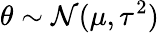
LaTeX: \theta\sim\mathcal{N}(\mu,\tau^{2})